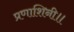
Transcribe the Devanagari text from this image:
प्रणाशिनी॥